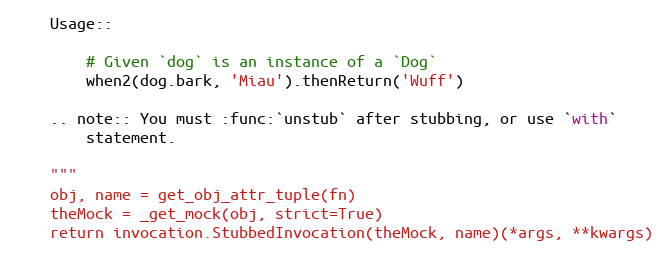
Language: Python
    Usage::

        # Given `dog` is an instance of a `Dog`
        when2(dog.bark, 'Miau').thenReturn('Wuff')

    .. note:: You must :func:`unstub` after stubbing, or use `with`
        statement.

    """
    obj, name = get_obj_attr_tuple(fn)
    theMock = _get_mock(obj, strict=True)
    return invocation.StubbedInvocation(theMock, name)(*args, **kwargs)